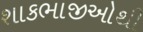
શાકભાજીઓથી